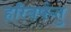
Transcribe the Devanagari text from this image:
हरिवर्षन्तु